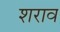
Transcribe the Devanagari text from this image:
शराव